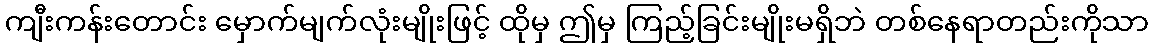
ကျီးကန်းတောင်း မှောက်မျက်လုံးမျိုးဖြင့် ထိုမှ ဤမှ ကြည့်ခြင်းမျိုးမရှိဘဲ တစ်နေရာတည်းကိုသာ